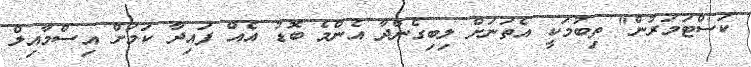
ކަސްޓަމަރުން" ތިބުމަކީ އެތަނަށް ލިބިގެންދާ އެންމެ ބޮޑު އެއް ފައިދާ ކަމަށް އިސްމާއިލް